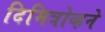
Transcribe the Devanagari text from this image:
दिमित्रोव्हने